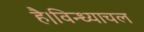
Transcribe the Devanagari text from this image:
है।विन्ध्याचल